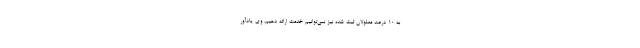
به ۱۰ درصد معلولان ثبت شده نیز نمی‌توانیم خدمت ارائه دهیم. وی یادآور